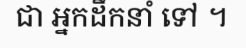
ជា អ្នកដឹកនាំ ទៅ ។